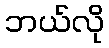
ဘယ်လို